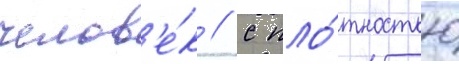
челов'е́к / с пло́тностью